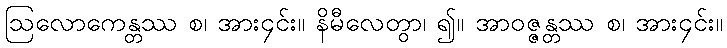
ဩလောကေန္တဿ စ၊ အား၄င်း။ နိမီလေတွာ၊ ၍။ အာဝဇ္ဇန္တဿ စ၊ အား၄င်း။